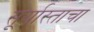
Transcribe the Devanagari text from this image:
सूर्यास्ताचा